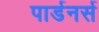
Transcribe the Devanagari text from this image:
पार्डनर्स